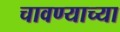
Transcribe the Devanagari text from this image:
चावण्याच्या